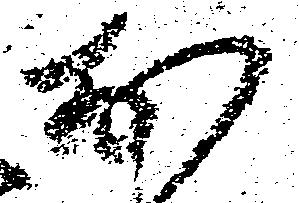
お